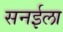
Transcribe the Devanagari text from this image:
सनईला